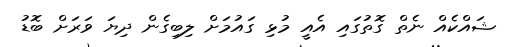
ޝައްކެއް ނެތް ގޮތުގައި އެއީ މުޅި ގައުމަށް ލިބިގެން ދިޔަ ވަރަށް ބޮޑު